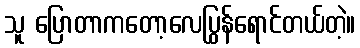
သူ ပြောတာကတော့လေပြွန်ရောင်တယ်တဲ့။